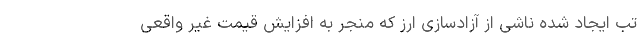
تب ایجاد شده ناشی از آزادسازی ارز که منجر به افزایش قیمت غیر واقعی